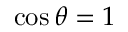
\cos \theta = 1